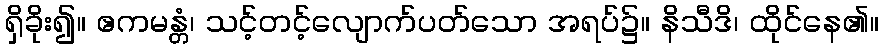
ရှိခိုး၍။ ဧကမန္တံ၊ သင့်တင့်လျောက်ပတ်သော အရပ်၌။ နိသီဒိ၊ ထိုင်နေ၏။